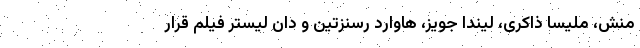
منش، ملیسا ذاکری، لیندا جویز، هاوارد رسنزتین و دان لیستر فیلم قرار